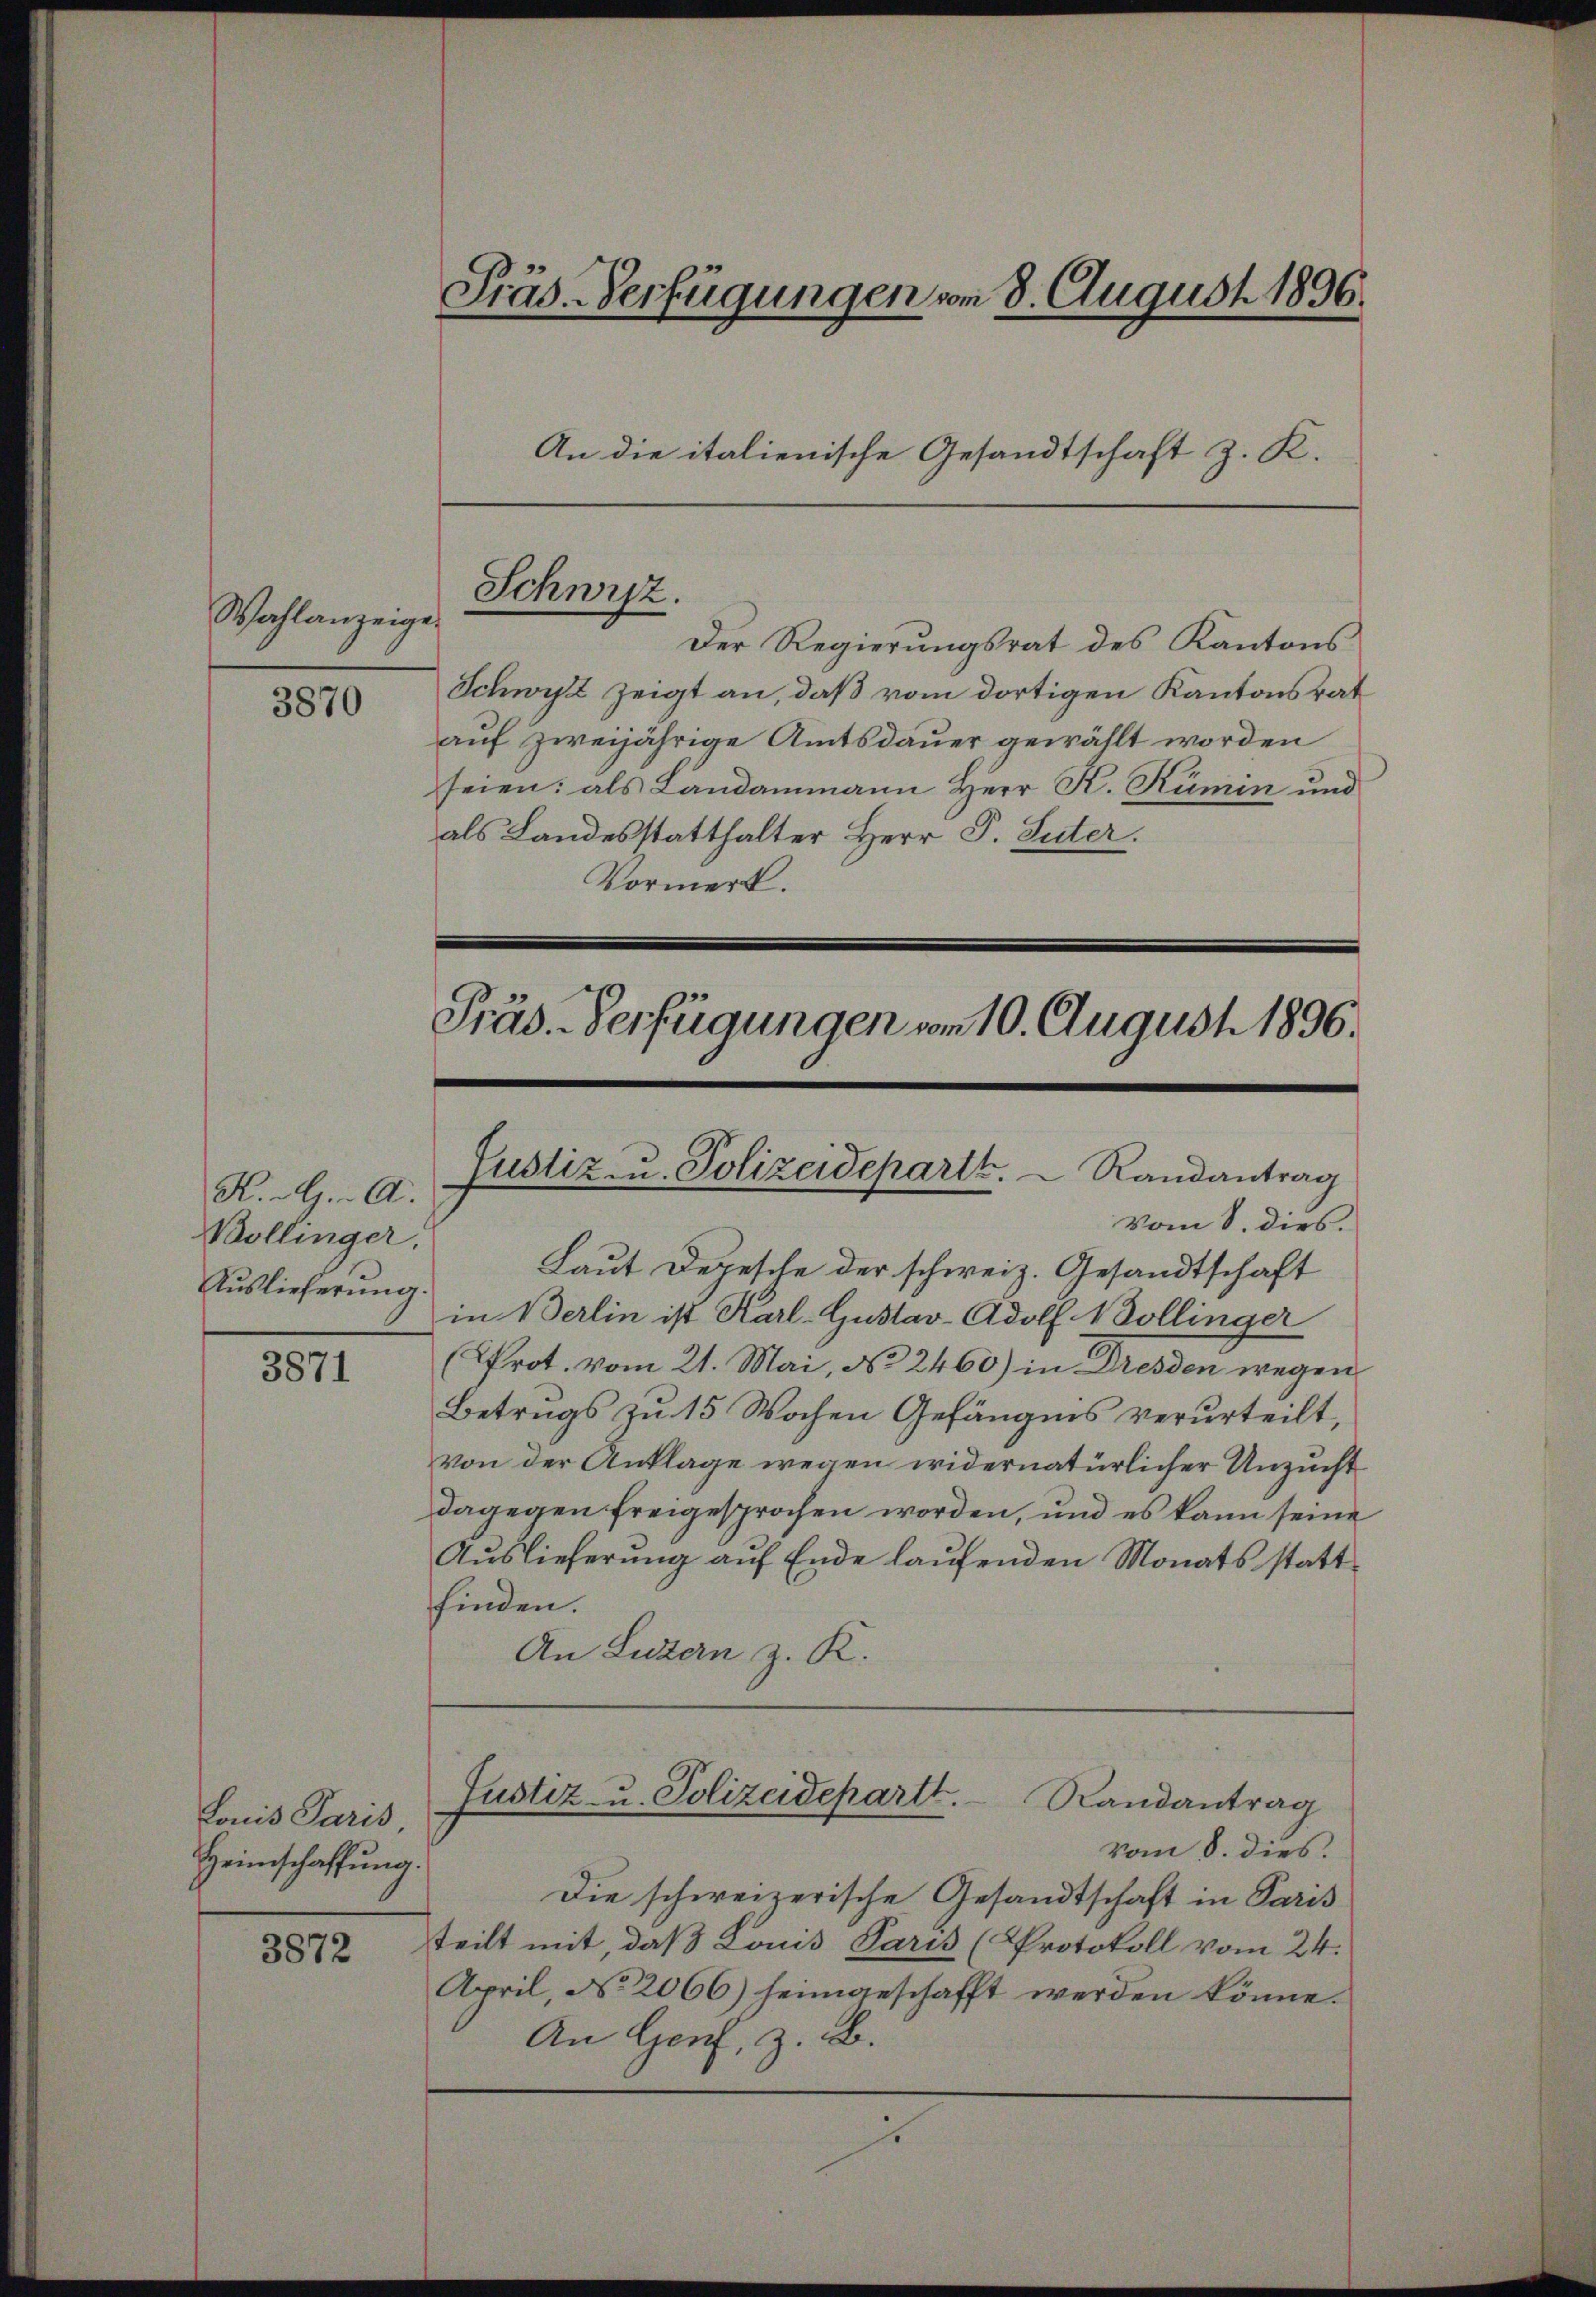
Wahlanzeige

3870

K. A. A.
Bollinger.
Auslieferung.

3871

Lonis Paris
Heimschaffung.

3872

Präs. Verfügungen vom 8. August 1896.

Der Regierungsrat des Kantons
Schwyz zeigt an, daß vom dortigen Kantonsrat
auf zweijährige Amtsdauer gewählt worden
seien: als Landammann Herr K. Rumin und
als Landesstatthalter Herr P. Suter.
Vormerk.

An die italienische Gesandtschaft z. K.
Schwyz.

Präs. Verfügungen vom 10. August 1896.

Justiz- u. Polizeidepartt.  Randantrag
vom 8. dies

Laut Depesche der schweiz. Gesandtschaft
in Berlin ist Karl-Gustav-Adolf Wollinger
(Prot. vom 21. Mai, No 2460) in Dresden wegen
Betrugs zu 15 Wochen Gefängnis verurteilt,
von der Anklage wegen widernatürlicher Unzucht
dagegen freigesprochen worden, und es kann seine
Aŭslieferŭng aŭf Ende laŭfenden Monats statt-
finden.
An Luzern z. K.
Justiz- u. Polizeidepartt. Randantrag
vom 8. dies.
Die schweizerische Gesandtschaft in Paris
teilt mit, daß Laus Paris (Protokoll vom 24.
April, No 2066) heimgeschafft werden könne.
An Genf, z. B.
i